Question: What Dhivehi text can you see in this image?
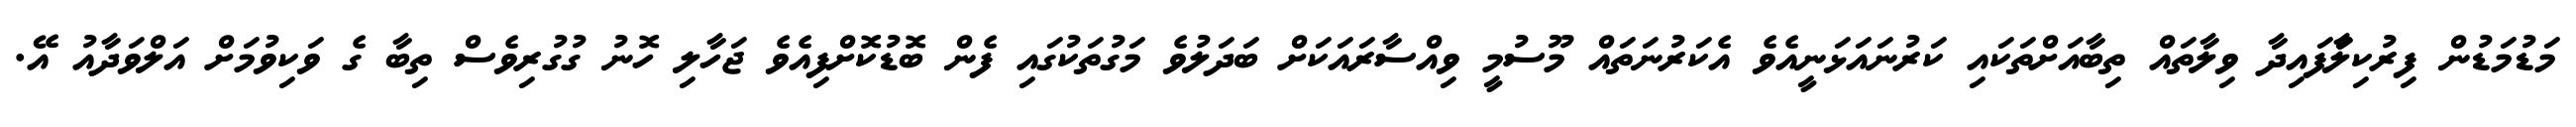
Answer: މަޑުމަޑުން ފިރުކިލަާފައިދާ ވިލާތައް ތިބާއަށްތަކައި ކަރުނައަޅަނީއެވެ އެކަރުނަތައް މޫސުމީ ވިއްސާރައަކަށް ބަދަލުވެ މަގުތަކުގައި ފެން ބޮޑުކޮށްފިއެވެ ޖަހާލި ހޮނު ގުގުރިވެސް ތިބާ ގެ ވަކިވުމަށް އަލްވަދާއު އޭ.